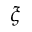
\xi